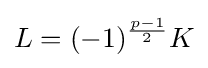
L=(-1)^{\frac {p-1}{2}}K